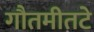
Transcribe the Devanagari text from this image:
गौतमीतटे